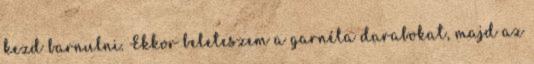
kezd barnulni. Ekkor beleteszem a garnéla darabokat, majd az